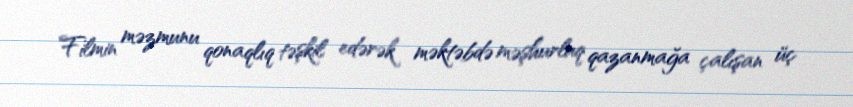
Filmin məzmunu qonaqlıq təşkil edərək məktəbdə məşhurluq qazanmağa çalışan üç